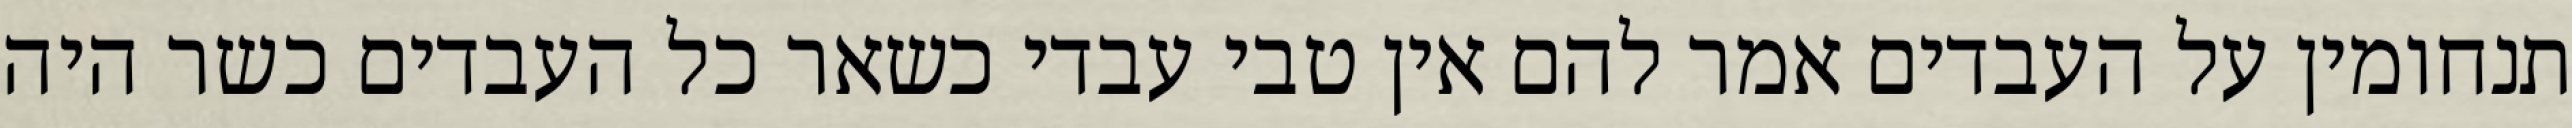
תנחומין על העבדים אמר להם אין טבי עבדי כשאר כל העבדים כשר היה